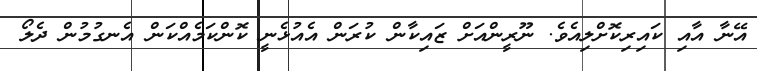
އޭނާ އާއި ކައިރިކޮށްލިއެވެ. ނޫރީންއަށް ޒައިކާން ކުރަން އެއުޅެނީ ކޮންކަމެއްކަން އެނގުމުން ދެލޯ